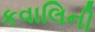
કવાલિની